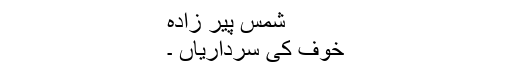
شمس پیر زادہ
خوف کی سرداریاں ۔